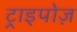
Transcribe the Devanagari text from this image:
ट्राइपोज़